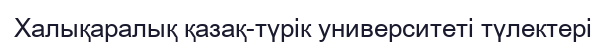
Халықаралық қазақ-түрік университеті түлектері